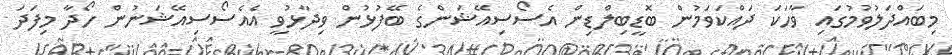
މިބައްދަލުވުމުގައި ވާހަކަ ދައްކަވަމުން ބޮޑީބިލްޑިން އެސޯސިއޭޝަންގެ ބޭފުޅުން ވިދާޅުވީ އެއެސޯސިއޭޝަނުން ހޯދާ މިފަދަ